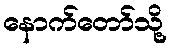
နောက်တော်သို့